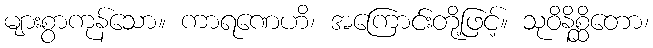
များစွာကုန်သော။ ကာရဏေဟိ၊ အကြောင်းတို့ဖြင့်။ သုဝိနိစ္ဆိတော၊